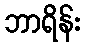
ဘာရိန်း